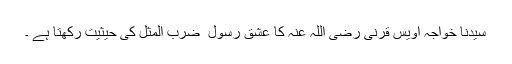
سیدنا خواجہ اویس قرنی رضی اللہ عنہ کا عشقِ رسول ۖ ضرب المثل کی حیثیت رکھتا ہے ۔